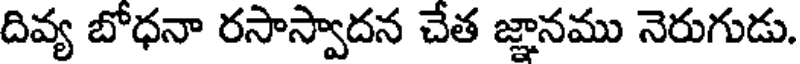
దివ్య బోధనా రసాస్వాదన చేత జ్ఞానము నెరుగుడు.